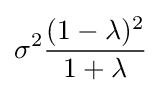
\sigma ^{2}{\frac {(1-\lambda )^{2}}{1+\lambda }}